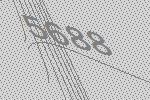
5688